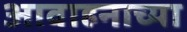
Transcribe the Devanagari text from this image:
आवाहनाच्या